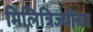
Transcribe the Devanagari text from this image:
मिलित्रिज्यीचा